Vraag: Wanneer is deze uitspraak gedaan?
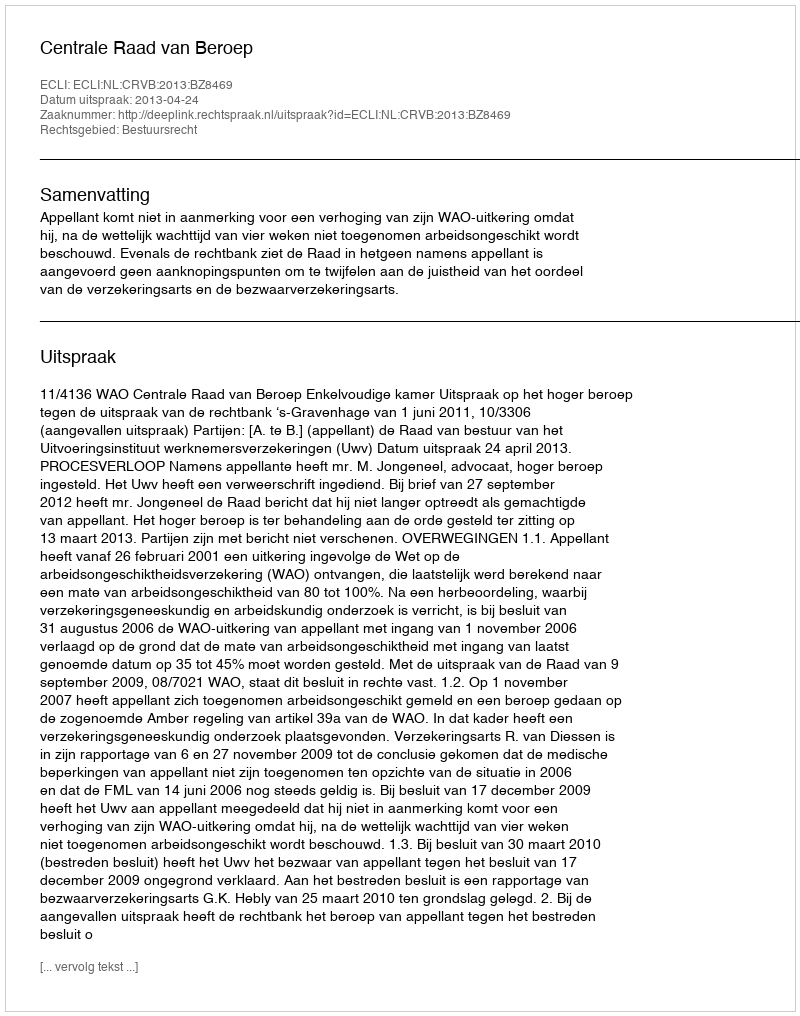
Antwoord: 2013-04-24